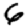
Digit: 6